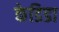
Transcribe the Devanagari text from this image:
केडिडा